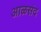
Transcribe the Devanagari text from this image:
आळसंद